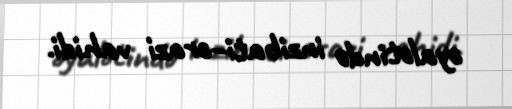
əyalətində inzibati–ərazi vahidi.